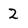
Character: 2